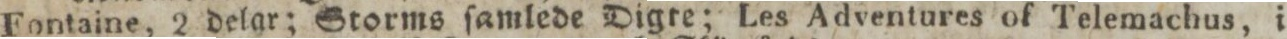
Fontaine, 2 delar; Storms ſamlede Digte; Les Adventures of Telemachus, i